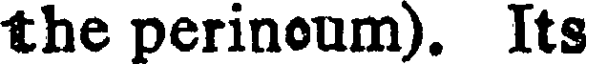
the perinoum). Its